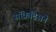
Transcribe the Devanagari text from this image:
सॉक्रेटिसने